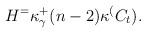
LaTeX: \begin{align*}H^=\kappa_\gamma^+(n-2)\kappa^(C_t).\end{align*}